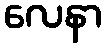
လေနာ